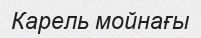
Карель мойнағы